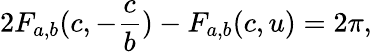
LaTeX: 2F_{a,b}(c,-\frac{c}{b})-F_{a,b}(c,u)=2\pi,